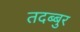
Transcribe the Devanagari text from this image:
तदब्बुर